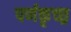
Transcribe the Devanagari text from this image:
पर्णकृच्छ्र